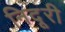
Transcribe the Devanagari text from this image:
निदूरी